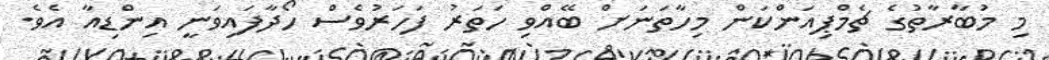
މި މުބާރާތުގެ ޗެމްޕިއަންކަން މިހާތަނަށް ބޭއްވި ހަތަރު ފަހަރުވެސް ހޯދާފައިވަނީ އިންޑިއާ އެވެ.